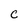
Character: c